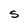
Character: S